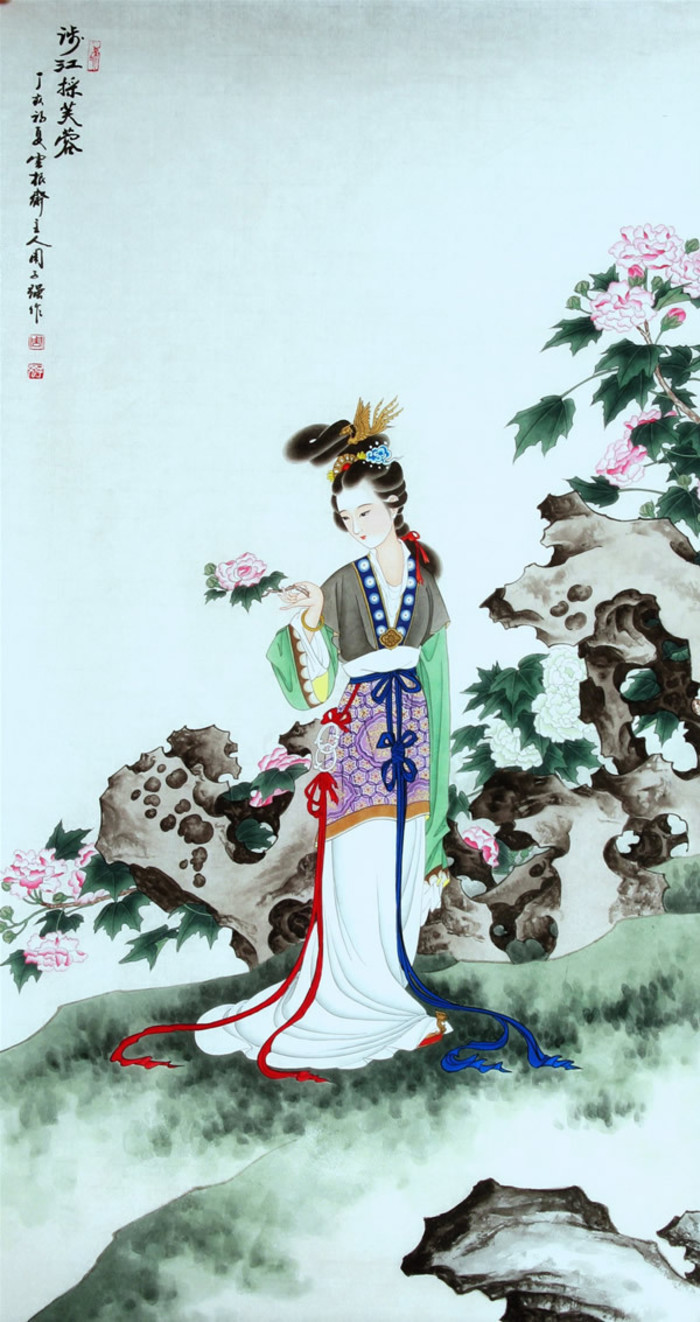
涉江采芙蓉，兰泽多芳草。